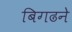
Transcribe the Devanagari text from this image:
बिगढने